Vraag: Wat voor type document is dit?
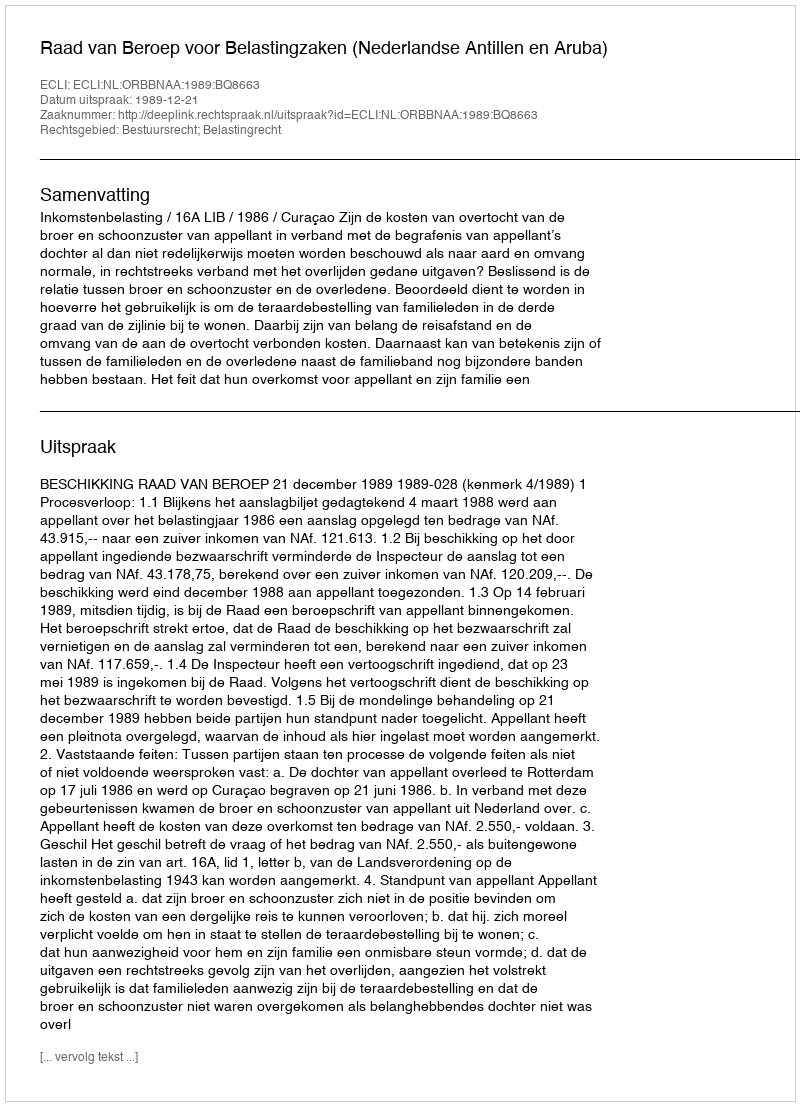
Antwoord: Uitspraak